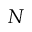
N